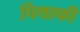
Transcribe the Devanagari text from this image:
पिथाफी